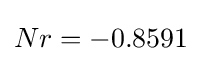
Nr=-0.8591